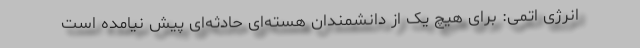
انرژی اتمی: برای هیچ یک از دانشمندان هسته‌ای حادثه‌ای پیش نیامده است